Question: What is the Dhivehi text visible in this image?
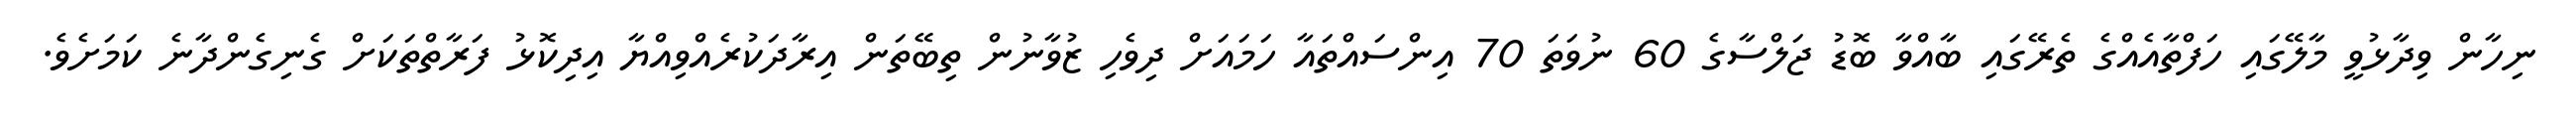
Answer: ނިހާން ވިދާޅުވީ މާލޭގައި ހަފްތާއެއްގެ ތެރޭގައި ބާއްވާ ބޮޑު ޖަލްސާގެ 60 ނުވަތަ 70 އިންސައްތައާ ހަމައަށް ދިވެހި ޒުވާނުން ތިބޭތަން އިރާދަކުރެއްވިއްޔާ އިދިކޮޅު ފަރާތްތަކަށް ގެނިގެންދާނެ ކަމަށެވެ.